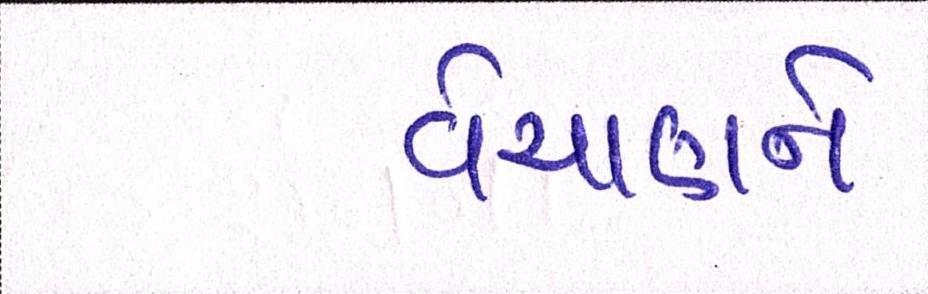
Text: વેચાણને